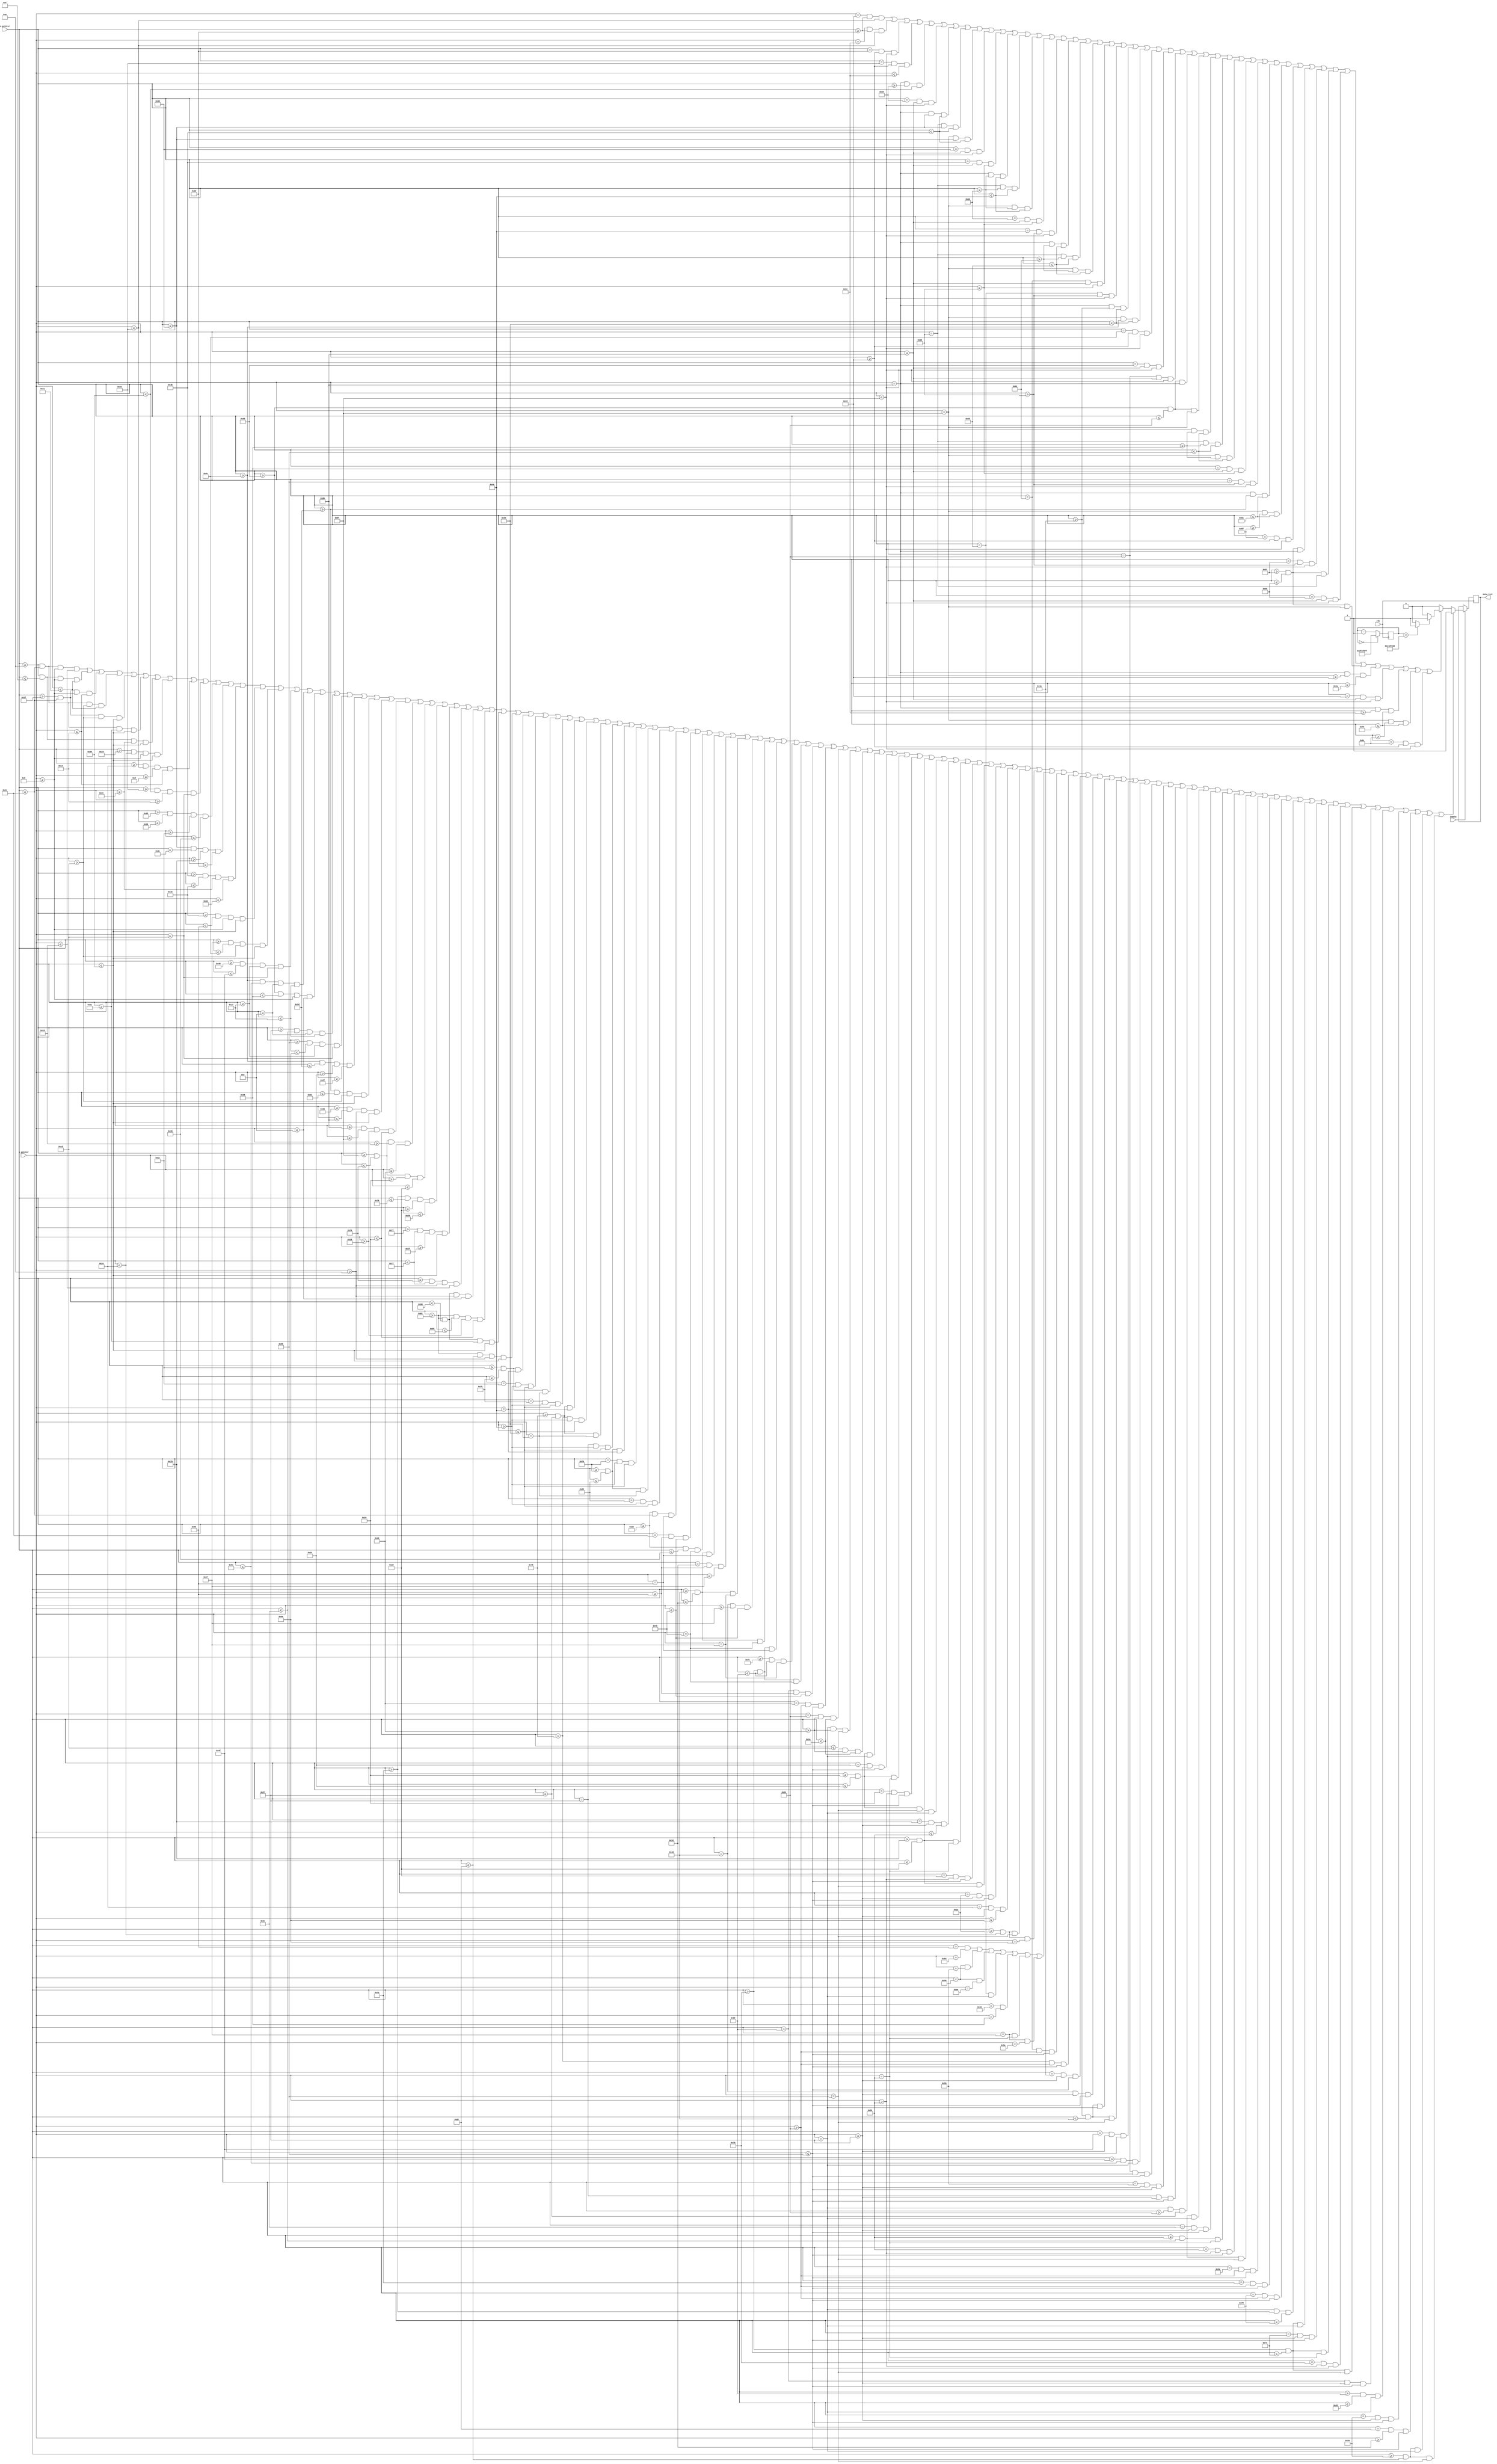
module menu_text_setter(clk, inmenu, x_pointer, y_pointer, menu_text);
   input inmenu;
   input clk;
   input [7:0]x_pointer;
	input [6:0]y_pointer;
	output reg menu_text; // check if the pixel is the menu's text.
	
	reg [31:0] flash_counter;
	
   always@(posedge clk)
	begin 
		if (flash_counter == 0)
			flash_counter <= 31'd49999999;
	   else
			 flash_counter <= flash_counter - 1'b1;
	end
	
	wire enable_flash_text = (flash_counter < 25000000) ? 1 : 0;

	//menu's normal text
	always@(posedge clk)
	begin
		if (inmenu)
			 begin
			 if (
			 // Letter "S"
				  (x_pointer >= 10 && x_pointer <= 36 && y_pointer >= 11  && y_pointer <= 16)
				||(x_pointer >= 10 && x_pointer <= 15 && y_pointer >= 11  && y_pointer <= 33)
				||(x_pointer >= 31 && x_pointer <= 36 && y_pointer >= 11  && y_pointer <= 20)
				||(x_pointer >= 10 && x_pointer <= 36 && y_pointer >= 29  && y_pointer <= 33)
				||(x_pointer >= 31 && x_pointer <= 36 && y_pointer >= 29  && y_pointer <= 54)
				||(x_pointer >= 10 && x_pointer <= 36 && y_pointer >= 49  && y_pointer <= 54)
				||(x_pointer >= 10 && x_pointer <= 15 && y_pointer >= 44  && y_pointer <= 54)
				
			 // Letter "N"
				||(x_pointer >= 41 && x_pointer <= 46 && y_pointer >= 11  && y_pointer <= 54)
				||(x_pointer >= 46 && x_pointer <= 50 && y_pointer >= 13  && y_pointer <= 20)
				||(x_pointer >= 50 && x_pointer <= 54 && y_pointer >= 20  && y_pointer <= 29)
				||(x_pointer >= 53 && x_pointer <= 57 && y_pointer >= 28  && y_pointer <= 38)
				||(x_pointer >= 56 && x_pointer <= 60 && y_pointer >= 37  && y_pointer <= 45)
				||(x_pointer >= 59 && x_pointer <= 62 && y_pointer >= 44  && y_pointer <= 51)
				||(x_pointer >= 62 && x_pointer <= 67 && y_pointer >= 11  && y_pointer <= 54)
			 // Letter "A"
			 	||(x_pointer >= 71 && x_pointer <= 76 && y_pointer >= 29  && y_pointer <= 54)
				||(x_pointer >= 73 && x_pointer <= 79 && y_pointer >= 19  && y_pointer <= 29)
				||(x_pointer >= 76 && x_pointer <= 81 && y_pointer >= 14  && y_pointer <= 19)
				||(x_pointer >= 80 && x_pointer <= 88 && y_pointer >= 11  && y_pointer <= 14)
				||(x_pointer >= 87 && x_pointer <= 92 && y_pointer >= 14  && y_pointer <= 19)
				||(x_pointer >= 91 && x_pointer <= 96 && y_pointer >= 19  && y_pointer <= 29)
				||(x_pointer >= 76 && x_pointer <= 93 && y_pointer >= 35  && y_pointer <= 39)
				||(x_pointer >= 93 && x_pointer <= 98 && y_pointer >= 29  && y_pointer <= 54)
			 // Letter "K"
			   ||(x_pointer >= 101 && x_pointer <= 107 && y_pointer >= 10  && y_pointer <= 54)
				||(x_pointer >= 107 && x_pointer <= 111 && y_pointer >= 24  && y_pointer <= 32)
				||(x_pointer >= 111 && x_pointer <= 116 && y_pointer >= 16  && y_pointer <= 25)
				||(x_pointer >= 111 && x_pointer <= 116 && y_pointer >= 32  && y_pointer <= 40)
				||(x_pointer >= 115 && x_pointer <= 120 && y_pointer >= 40  && y_pointer <= 48)
				||(x_pointer >= 119 && x_pointer <= 127 && y_pointer >= 47  && y_pointer <= 54)
				||(x_pointer >= 116 && x_pointer <= 127 && y_pointer >= 10  && y_pointer <= 16)
			 // Letter "E"
			 	||(x_pointer >= 129 && x_pointer <= 150 && y_pointer >= 10  && y_pointer <= 14)
				||(x_pointer >= 129 && x_pointer <= 149 && y_pointer >= 24  && y_pointer <= 32)
				||(x_pointer >= 129 && x_pointer <= 150 && y_pointer >= 49  && y_pointer <= 54)
				||(x_pointer >= 129 && x_pointer <= 135 && y_pointer >= 10  && y_pointer <= 54)
				
			 // Square for "1"
			   ||(x_pointer >= 28 && x_pointer <= 43 && y_pointer == 64)
				||(x_pointer == 28 && y_pointer >= 64 && y_pointer <= 78)
			   ||(x_pointer >= 28 && x_pointer <= 43 && y_pointer == 78)
			   ||(x_pointer == 43 && y_pointer >= 64 && y_pointer <= 78)
				
			 // Square for "2"
			   ||(x_pointer >= 28 + 44 && x_pointer <= 43 + 44 && y_pointer == 64)
				||(x_pointer == 28 + 44 && y_pointer >= 64 && y_pointer <= 78)
			   ||(x_pointer >= 28 + 44 && x_pointer <= 43 + 44 && y_pointer == 78)
			   ||(x_pointer == 43 + 44 && y_pointer >= 64 && y_pointer <= 78)		
			   // Square for "3"
			   ||(x_pointer >= 28 + 90 && x_pointer <= 43 + 90 && y_pointer == 64)
				||(x_pointer == 28 + 90 && y_pointer >= 64 && y_pointer <= 78)
			   ||(x_pointer >= 28 + 90 && x_pointer <= 43 + 90 && y_pointer == 78)
			   ||(x_pointer == 43 + 90 && y_pointer >= 64 && y_pointer <= 78)
			   // character "1"
			 	||(x_pointer >= 34 && x_pointer <= 36 && y_pointer == 67)
			   ||(x_pointer == 36 && y_pointer >= 67 && y_pointer <= 75)
			   ||(x_pointer >= 34 && x_pointer <= 38 && y_pointer == 75)
				// character "2"
			 	||(x_pointer >= 77 && x_pointer <= 82 && y_pointer == 67)
			   ||(x_pointer == 82 && y_pointer >= 67 && y_pointer <= 71)
			   ||(x_pointer >= 77 && x_pointer <= 82 && y_pointer == 71)
				||(x_pointer == 77 && y_pointer >= 71 && y_pointer <= 75)
				||(x_pointer >= 77 && x_pointer <= 82 && y_pointer == 75)
				// character "3"
			 	||(x_pointer >= 123 && x_pointer <= 128 && y_pointer == 67)
			   ||(x_pointer >= 124 && x_pointer <= 128 && y_pointer == 71)
			   ||(x_pointer >= 123 && x_pointer <= 128 && y_pointer == 75)
				||(x_pointer == 128 && y_pointer >= 67 && y_pointer <= 75)
				// character "Easy"
			 	||(x_pointer == 25 && y_pointer >= 83 && y_pointer <= 91)
			   ||(y_pointer == 83 && x_pointer >= 25 && x_pointer <= 30)
			   ||(y_pointer == 87 && x_pointer >= 25 && x_pointer <= 29)
				||(y_pointer == 91 && x_pointer >= 25 && x_pointer <= 30)
				
				||(x_pointer >= 32 && x_pointer <= 35 && y_pointer == 87)
			   ||(x_pointer == 35 && y_pointer >= 87 && y_pointer <= 91)
			   ||(x_pointer >= 32 && x_pointer <= 35 && y_pointer == 89)
				||(x_pointer == 32 && y_pointer >= 89 && y_pointer <= 91)
				||(x_pointer >= 32 && x_pointer <= 35 && y_pointer == 91)
				
				||(x_pointer >= 37 && x_pointer <= 40 && y_pointer == 87)
			   ||(x_pointer == 37 && y_pointer >= 87 && y_pointer <= 89)
			   ||(x_pointer >= 37 && x_pointer <= 40 && y_pointer == 89)
				||(x_pointer == 40 && y_pointer >= 89 && y_pointer <= 91)
				||(x_pointer >= 37 && x_pointer <= 40 && y_pointer == 91)
				
				||(x_pointer == 42 && y_pointer >= 87 && y_pointer <= 91)
			   ||(x_pointer == 46 && y_pointer >= 87 && y_pointer <= 96)
			   ||(x_pointer >= 42 && x_pointer <= 46 && y_pointer == 91)
				||(x_pointer >= 42 && x_pointer <= 46 && y_pointer == 96)
				// character "Normal"
				
				// n
			 	||((x_pointer == 67 && y_pointer == 84) || (x_pointer == 68 && y_pointer == 85)
				    || (x_pointer == 68 && y_pointer == 86) || (x_pointer == 69 && y_pointer == 87)
					 || (x_pointer == 70 && y_pointer == 88) || (x_pointer == 71 && y_pointer == 89)
					 || (x_pointer == 71 && y_pointer == 90))
			   ||(x_pointer == 66 && y_pointer >= 83 && y_pointer <= 91)
				||(x_pointer == 72 && y_pointer >= 83 && y_pointer <= 91)
				// o
				||(x_pointer == 74 && y_pointer >= 87 && y_pointer <= 91)
			   ||(x_pointer == 77 && y_pointer >= 87 && y_pointer <= 91)
			   ||(x_pointer >= 74 && x_pointer <= 77 && y_pointer == 87)
				||(x_pointer >= 74 && x_pointer <= 77 && y_pointer == 91)
				// r
				||(x_pointer == 79 && y_pointer >= 87 && y_pointer <= 91)
			   ||(x_pointer >= 79 && x_pointer <= 81 && y_pointer == 87)
				// m
				||(x_pointer == 83 && y_pointer >= 87 && y_pointer <= 91)
				||(x_pointer == 85 && y_pointer >= 87 && y_pointer <= 91)
				||(x_pointer == 87 && y_pointer >= 87 && y_pointer <= 91)
				||(y_pointer == 87 && x_pointer >= 83 && x_pointer <= 87)
				// a
				||(x_pointer >= 32 + 57 && x_pointer <= 35 + 57 && y_pointer == 87)
			   ||(x_pointer == 35 + 57 && y_pointer >= 87 && y_pointer <= 91)
			   ||(x_pointer >= 32 + 57 && x_pointer <= 35 + 57 && y_pointer == 89)
				||(x_pointer == 32 + 57 && y_pointer >= 89 && y_pointer <= 91)
				||(x_pointer >= 32 + 57 && x_pointer <= 35 + 57 && y_pointer == 91)
				// l
				||(x_pointer == 94 && y_pointer >= 83 && y_pointer <= 91)
				// character "Hard"
				// H
				||(x_pointer == 115 && y_pointer >= 83 && y_pointer <= 91)
				||(x_pointer == 121 && y_pointer >= 83 && y_pointer <= 91)
				||(y_pointer == 87 && x_pointer >= 115 && x_pointer <= 121)
				
				// a
				||(x_pointer >= 32 + 91 && x_pointer <= 35 + 91 && y_pointer == 87)
			   ||(x_pointer == 35 + 91 && y_pointer >= 87 && y_pointer <= 91)
			   ||(x_pointer >= 32 + 91 && x_pointer <= 35 + 91 && y_pointer == 89)
				||(x_pointer == 32 + 91 && y_pointer >= 89 && y_pointer <= 91)
				||(x_pointer >= 32 + 91 && x_pointer <= 35 + 91 && y_pointer == 91)
			   
				// r
				||(x_pointer == 128 && y_pointer >= 87 && y_pointer <= 91)
			   ||(x_pointer >= 128 && x_pointer <= 130 && y_pointer == 87)
				// d
				||(x_pointer == 132 && y_pointer >= 87 && y_pointer <= 91)
			   ||(x_pointer == 135 && y_pointer >= 82 && y_pointer <= 91)
			   ||(x_pointer >= 132 && x_pointer <= 135 && y_pointer == 87)
				||(x_pointer >= 132 && x_pointer <= 135 && y_pointer == 91)
				)
				 menu_text <= 1'b1;
			 else if (
			 // text "Press"
				(y_pointer == 104 && x_pointer >= 36 + 9 && x_pointer <= 41 + 9)
			 ||(y_pointer == 108 && x_pointer >= 36 + 9 && x_pointer <= 41 + 9)
			 ||(x_pointer == 36 + 9 && y_pointer >= 104 && y_pointer <= 111)
			 ||(x_pointer == 41 + 9 && y_pointer >= 104 && y_pointer <= 108)
			 
			 ||(y_pointer == 107 && x_pointer >= 43 + 9 && x_pointer <= 45 + 9)
			 ||(x_pointer == 43 + 9 && y_pointer >= 107 && y_pointer <= 111)
			 
			 ||(y_pointer == 107 && x_pointer >= 47 + 9 && x_pointer <= 50 + 9)
			 ||(y_pointer == 109 && x_pointer >= 47 + 9 && x_pointer <= 50 + 9)
			 ||(y_pointer == 111 && x_pointer >= 47 + 9 && x_pointer <= 50 + 9)
			 ||(x_pointer == 47 + 9 && y_pointer >= 107 && y_pointer <= 111)
			 ||(x_pointer == 50 + 9 && y_pointer >= 107 && y_pointer <= 109)
			 
			 ||(y_pointer == 107 && x_pointer >= 52 + 9 && x_pointer <= 55 + 9)
			 ||(y_pointer == 109 && x_pointer >= 52 + 9 && x_pointer <= 55 + 9)
			 ||(y_pointer == 111 && x_pointer >= 52 + 9 && x_pointer <= 55 + 9)
			 ||(x_pointer == 52 + 9 && y_pointer >= 107 && y_pointer <= 109)
			 ||(x_pointer == 55 + 9 && y_pointer >= 109 && y_pointer <= 111)
			 
			 ||(y_pointer == 107 && x_pointer >= 57 + 9 && x_pointer <= 60 + 9)
			 ||(y_pointer == 109 && x_pointer >= 57 + 9 && x_pointer <= 60 + 9)
			 ||(y_pointer == 111 && x_pointer >= 57 + 9 && x_pointer <= 60 + 9)
			 ||(x_pointer == 57 + 9 && y_pointer >= 107 && y_pointer <= 109)
			 ||(x_pointer == 60 + 9 && y_pointer >= 109 && y_pointer <= 111)
			 // text "to"
			 ||(y_pointer == 107 && x_pointer >= 74 && x_pointer <= 78 )
			 ||(y_pointer == 111 && x_pointer >= 76  && x_pointer <= 78)
			 ||(x_pointer == 76 && y_pointer >= 104 && y_pointer <= 111)
			 
			 ||(x_pointer == 80 && y_pointer >= 107 && y_pointer <= 111)
			 ||(x_pointer == 83 && y_pointer >= 107 && y_pointer <= 111)
			 ||(x_pointer >= 80 && x_pointer <= 83 && y_pointer == 107)
			 ||(x_pointer >= 80 && x_pointer <= 83 && y_pointer == 111)
			 
			 // text "start"
			 ||(y_pointer == 107 && x_pointer >= 57 + 31 && x_pointer <= 60 + 31)
			 ||(y_pointer == 109 && x_pointer >= 57 + 31 && x_pointer <= 60 + 31)
			 ||(y_pointer == 111 && x_pointer >= 57 + 31 && x_pointer <= 60 + 31)
			 ||(x_pointer == 57 + 31 && y_pointer >= 107 && y_pointer <= 109)
			 ||(x_pointer == 60 + 31 && y_pointer >= 109 && y_pointer <= 111)
			 
			 ||(y_pointer == 107 && x_pointer >= 93 && x_pointer <= 97)
			 ||(y_pointer == 111 && x_pointer >= 95 && x_pointer <= 97)
			 ||(x_pointer == 95 && y_pointer >= 104 && y_pointer <= 111)
			 
			 
			 ||(x_pointer >= 99 && x_pointer <= 102 && y_pointer == 107)
			 ||(x_pointer == 99 && y_pointer >= 109 && y_pointer <= 111)
			 ||(x_pointer >= 99 && x_pointer <= 102 && y_pointer == 109)
			 ||(x_pointer == 102 && y_pointer >= 107 && y_pointer <= 111)
			 ||(x_pointer >= 99 && x_pointer <= 102 && y_pointer == 111)
			 
			 ||(y_pointer == 107 && x_pointer >= 104 && x_pointer <= 106)
			 ||(x_pointer == 104 && y_pointer >= 107 && y_pointer <= 111)
			 
			 ||(y_pointer == 107 && x_pointer >= 74 + 34 && x_pointer <= 78 + 34)
			 ||(y_pointer == 111 && x_pointer >= 76 + 34 && x_pointer <= 78 + 34)
			 ||(x_pointer == 76 + 34 && y_pointer >= 104 && y_pointer <= 111)
			 )
			    menu_text <= (enable_flash_text) ? 1 : 0;
			 else
				 menu_text <= 1'b0;
			 end
	end
	//menu's flashing text
endmodule